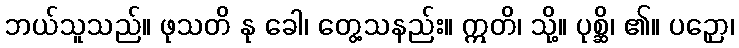
ဘယ်သူသည်။ ဖုသတိ နု ခေါ၊ တွေ့သနည်း။ ဣတိ၊ သို့။ ပုစ္ဆိ၊ ၏။ ပဉှော၊